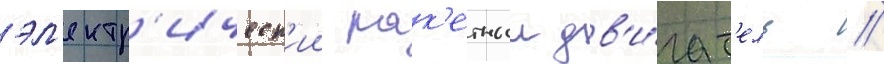
эл'ектр'ическ'ии рак'етныи дв'и́гат'ель //